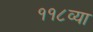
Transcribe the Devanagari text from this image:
११८व्या